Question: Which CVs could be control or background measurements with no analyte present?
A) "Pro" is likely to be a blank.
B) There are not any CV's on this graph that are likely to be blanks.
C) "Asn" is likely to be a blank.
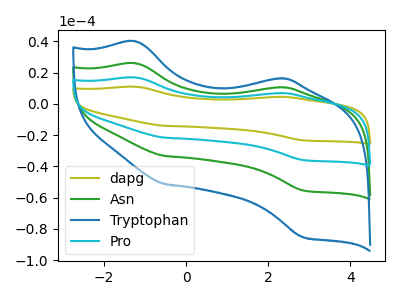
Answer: <think>The olive curve "dapg" has anodic peaks at (-1.25V, 77.65uA) (2.40V, 31.45uA) and cathodic peaks at (-0.50V, -100.05uA) (2.85V, -166.05uA). The green curve "Asn" has anodic peaks at (-1.25V, 25.90uA) (2.40V, 10.50uA) and cathodic peaks at (-0.50V, -33.35uA) (2.85V, -55.35uA). The blue curve "Tryptophan" has anodic peaks at (-1.25V, 39.85uA) (2.40V, 16.15uA) and cathodic peaks at (-0.50V, -51.35uA) (2.85V, -85.25uA). The cyan curve "Pro" has anodic peaks at (-1.25V, 51.75uA) (2.40V, 21.00uA) and cathodic peaks at (-0.50V, -66.70uA) (2.85V, -110.70uA).</think>
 <answer>B) There are not any CV's on this graph that are likely to be blanks.</answer>
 <eval>B</eval>